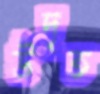
উদৃত